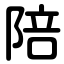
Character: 陪